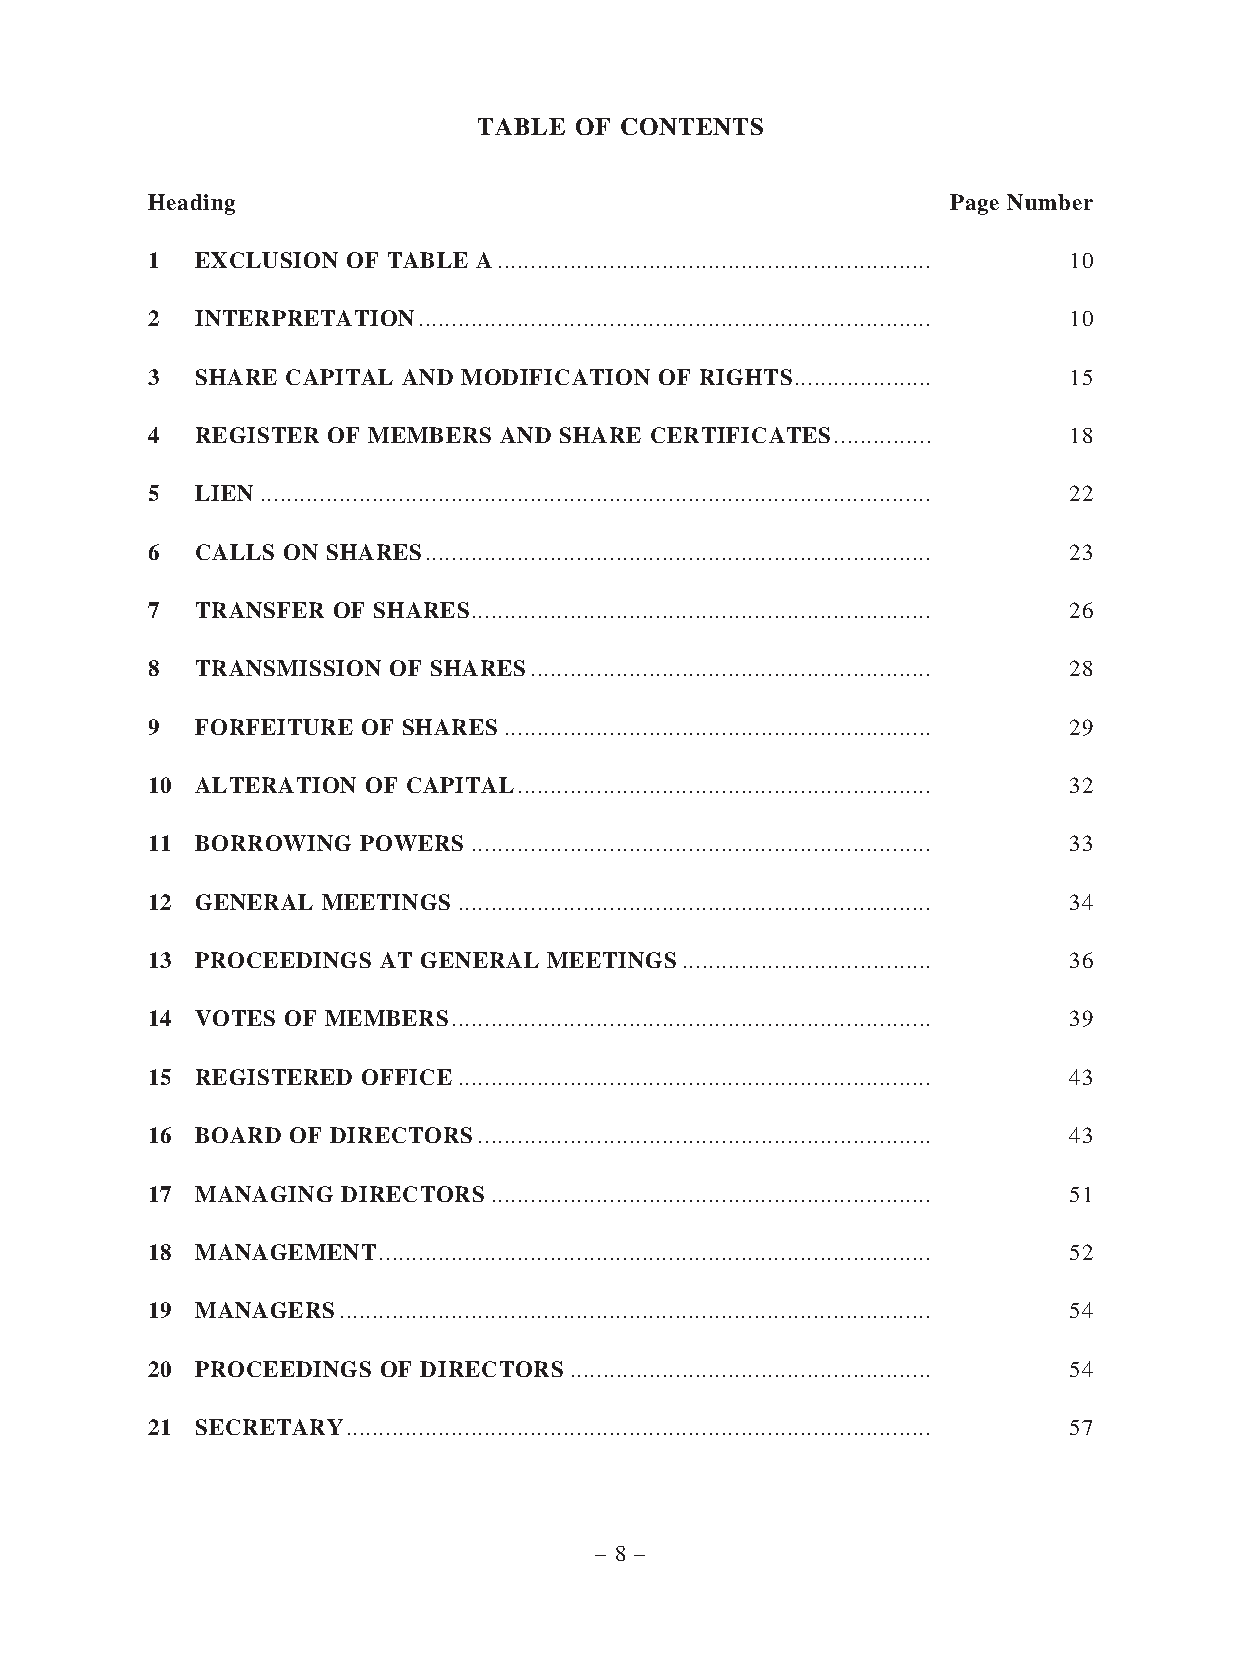
TABLE OF CONTENTS
 Heading                                              Page Number
 1  EXCLUSION OF TABLE A .................................................................. 10
 2  INTERPRETATION .............................................................................. 10
 3  SHARE CAPITAL AND MODIFICATION OF RIGHTS ..................... 15
 4  REGISTER OF MEMBERS AND SHARE CERTIFICATES ............... 18
 5  LIEN ...................................................................................................... 22
 6  CALLS ON SHARES ............................................................................. 23
 7  TRANSFER OF SHARES ...................................................................... 26
 8  TRANSMISSION OF SHARES ............................................................. 28
 9  FORFEITURE OF SHARES ................................................................. 29
 10 ALTERATION OF CAPITAL ............................................................... 32
 11 BORROWING  POWERS ...................................................................... 33
 12 GENERAL MEETINGS ........................................................................ 34
 13 PROCEEDINGS AT GENERAL MEETINGS ...................................... 36
 14 VOTES OF MEMBERS ......................................................................... 39
 15 REGISTERED OFFICE ........................................................................ 43
 16 BOARD OF DIRECTORS ..................................................................... 43
 17 MANAGING  DIRECTORS ................................................................... 51
 18 MANAGEMENT  .................................................................................... 52
 19 MANAGERS .......................................................................................... 54
 20 PROCEEDINGS OF DIRECTORS ....................................................... 54
 21 SECRETARY ......................................................................................... 57
 – 8 –